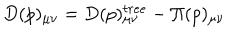
LaTeX: D ( p ) _ { \mu \nu } = D ( p ) _ { \mu \nu } ^ { t r e e } - \Pi ( p ) _ { \mu \nu }